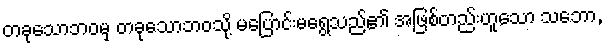
တခုသောဘဝမှ တခုသောဘဝသို့ မပြောင်းမရွေ့သည်၏ အဖြစ်တည်းဟူသော သဘော,